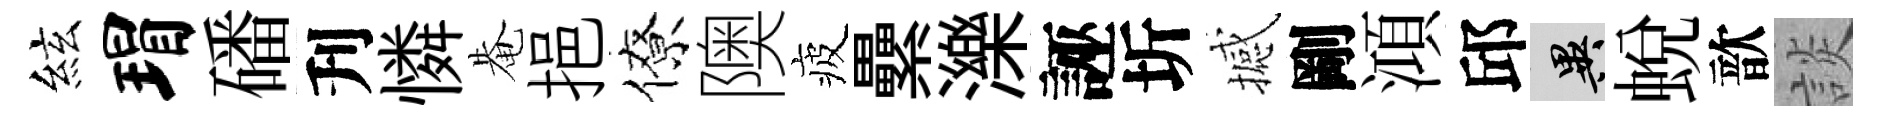
絃瑁磻刋憐𤲅挹僚隩疲纍濼誣圻撼剛澒邱异蛻歆談